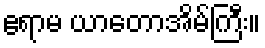
ဧရာမ ယာတောအိမ်ကြီး။